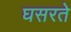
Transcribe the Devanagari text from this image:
घसरते